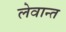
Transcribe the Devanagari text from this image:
लेवान्त